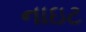
નાઇટ